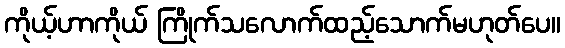
ကိုယ့်ဟာကိုယ် ကြိုက်သလောက်ထည့်သောက်မဟုတ်ပေ။